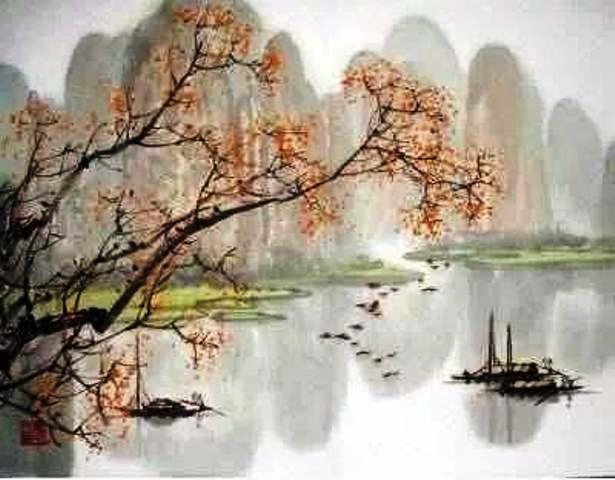
澄江平少岸，幽树晚多花。